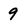
Character: 9